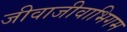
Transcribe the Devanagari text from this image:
जीवाजीवाभिगम